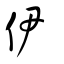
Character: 伊